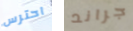
احترس جراند